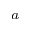
^ a